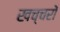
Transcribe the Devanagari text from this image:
खच्‍चरों